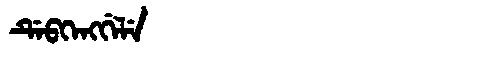
Manchu: ᡩᡝᠪᡴᡝᠩᡤᡝᠯᡝ
Romanization: DEBKENGGELE